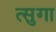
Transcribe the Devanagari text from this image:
त्सुगा